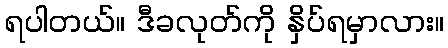
ရပါတယ်။ ဒီခလုတ်ကို နှိပ်ရမှာလား။